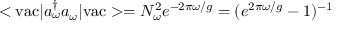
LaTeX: < \mathrm { v a c } | a _ { \omega } ^ { \dagger } a _ { \omega } | \mathrm { v a c } > = N _ { \omega } ^ { 2 } e ^ { - 2 \pi \omega / g } = ( e ^ { 2 \pi \omega / g } - 1 ) ^ { - 1 }